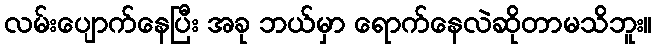
လမ်းပျောက်နေပြီး အခု ဘယ်မှာ ရောက်နေလဲဆိုတာမသိဘူး။